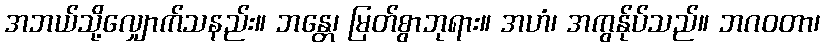
အဘယ်သို့လျှောက်သနည်း။ ဘန္တေ၊ မြတ်စွာဘုရား။ အဟံ၊ အကွန်ုပ်သည်။ ဘဂဝတာ၊